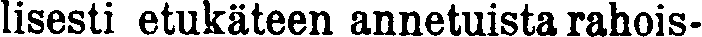
lisesti etukäteen annetuista rahois-